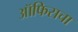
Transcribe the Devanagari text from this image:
ऑफिसचा